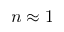
n \approx 1